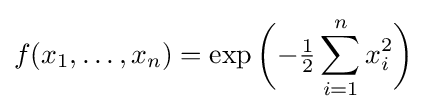
f(x_{1},\ldots ,x_{n})=\exp {\biggl (}{-{\tfrac {1}{2}}\sum _{i=1}^{n}x_{i}^{2}}{\biggr )}